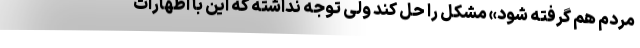
مردم هم گرفته شود» مشکل را حل کند ولی توجه نداشته که این با اظهارات